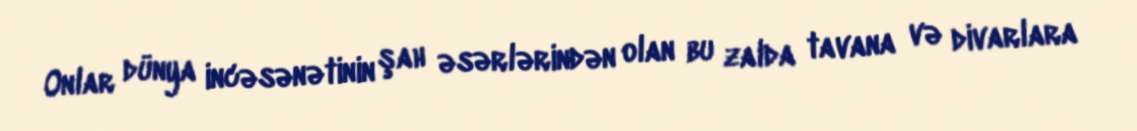
Onlar dünya incəsənətinin şah əsərlərindən olan bu zalda tavana və divarlara